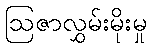
ဩဇာလွှမ်းမိုးမှု